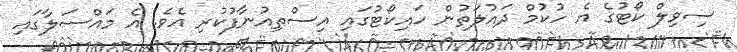
ސިވިލް ކޯޓުގެ އެ ހުކުމް ދައުލަތުން ހައިކޯޓުގައި އިސްތިއުނާފުކުރި އެވެ. އެ މައްސަލާގައި